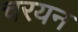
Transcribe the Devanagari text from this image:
चरयन